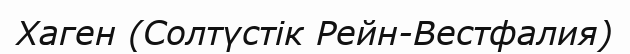
Хаген (Солтүстік Рейн-Вестфалия)